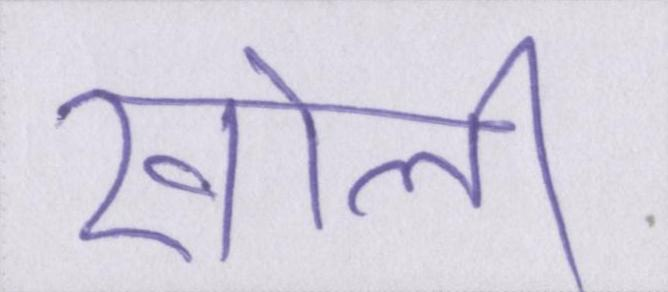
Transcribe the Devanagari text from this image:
खोली